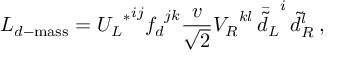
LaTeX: { \cal L } _ { d - \mathrm { m a s s } } = { { U _ { L } } ^ { \ast } } ^ { i j } { f _ { d } } ^ { j k } \frac { v } { \sqrt { 2 } } { V _ { R } } ^ { k l } \, { \bar { \tilde { d } _ { L } } } ^ { i } \, { \tilde { d } _ { R } } ^ { l } \: ,